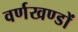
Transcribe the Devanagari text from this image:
वर्णखण्डों